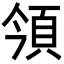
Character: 𩑟